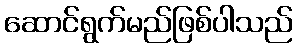
ဆောင်ရွက်မည်ဖြစ်ပါသည်